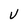
Character: v